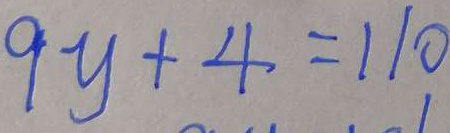
9 y + 4 = 1 1 0